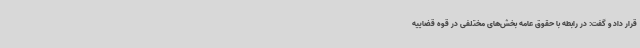
قرار داد و گفت: در رابطه با حقوق عامه بخش‌های مختلفی در قوه قضاییه